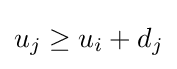
u_{j}\geq u_{i}+d_{j}